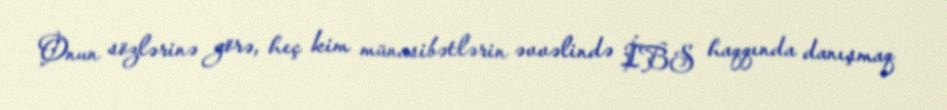
Onun sözlərinə görə, heç kim münasibətlərin əvvəlində İBS haqqında danışmaq